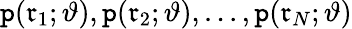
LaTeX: \mathtt{p}(\mathfrak{{r}}_{1};\vartheta),\mathtt{p}(\mathfrak{{r}}_{2};\vartheta),...,\mathtt{p}(\mathfrak{{r}}_{N};\vartheta)